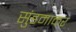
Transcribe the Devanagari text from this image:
सुंडमाकर